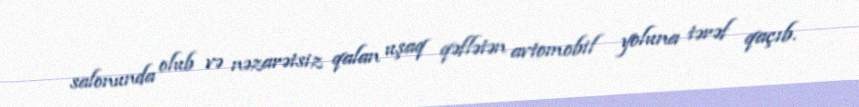
salonunda olub və nəzarətsiz qalan uşaq qəflətən avtomobil yoluna tərəf qaçıb.